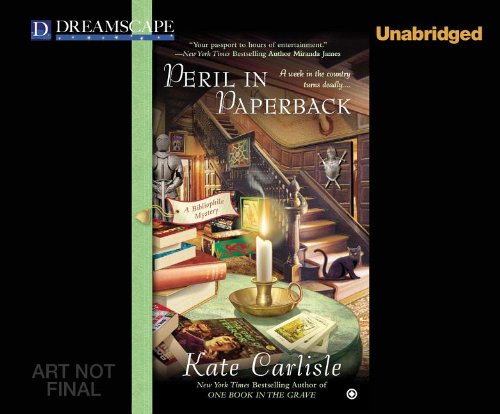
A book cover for Peril in Paperback: A Bibliophile Mystery (Bibliophile Mysteries); Kate Carlisle; Mystery, Thriller & Suspense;